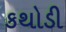
કથોડી